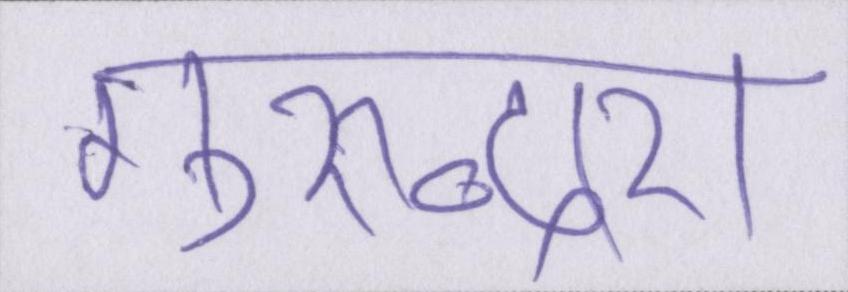
गुरुद्वारा